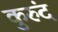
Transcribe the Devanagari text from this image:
कुरुंद